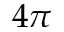
4 \pi